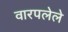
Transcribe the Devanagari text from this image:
वारपलेले